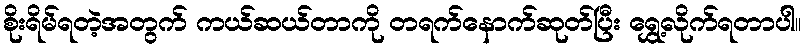
စိုးရိမ်ရတဲ့အတွက် ကယ်ဆယ်တာကို တရက်နောက်ဆုတ်ပြီး ရွှေ့လိုက်ရတာပါ။